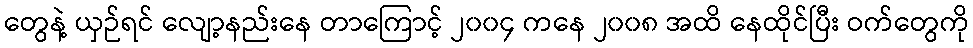
တွေနဲ့ ယှဉ်ရင် လျော့နည်းနေ တာကြောင့် ၂၀၀၄ ကနေ ၂၀၀၈ အထိ နေထိုင်ပြီး ဝက်တွေကို